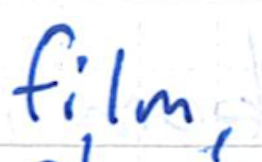
Text: film
Cross-out: clean
Writing tool: ballpoint